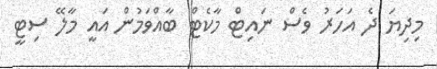
މިދިޔަ ދެ އަހަރު ވެސް ނައިޓް މާކެޓް ބާއްވަމުން އައީ މާލޭ ސިޓީ